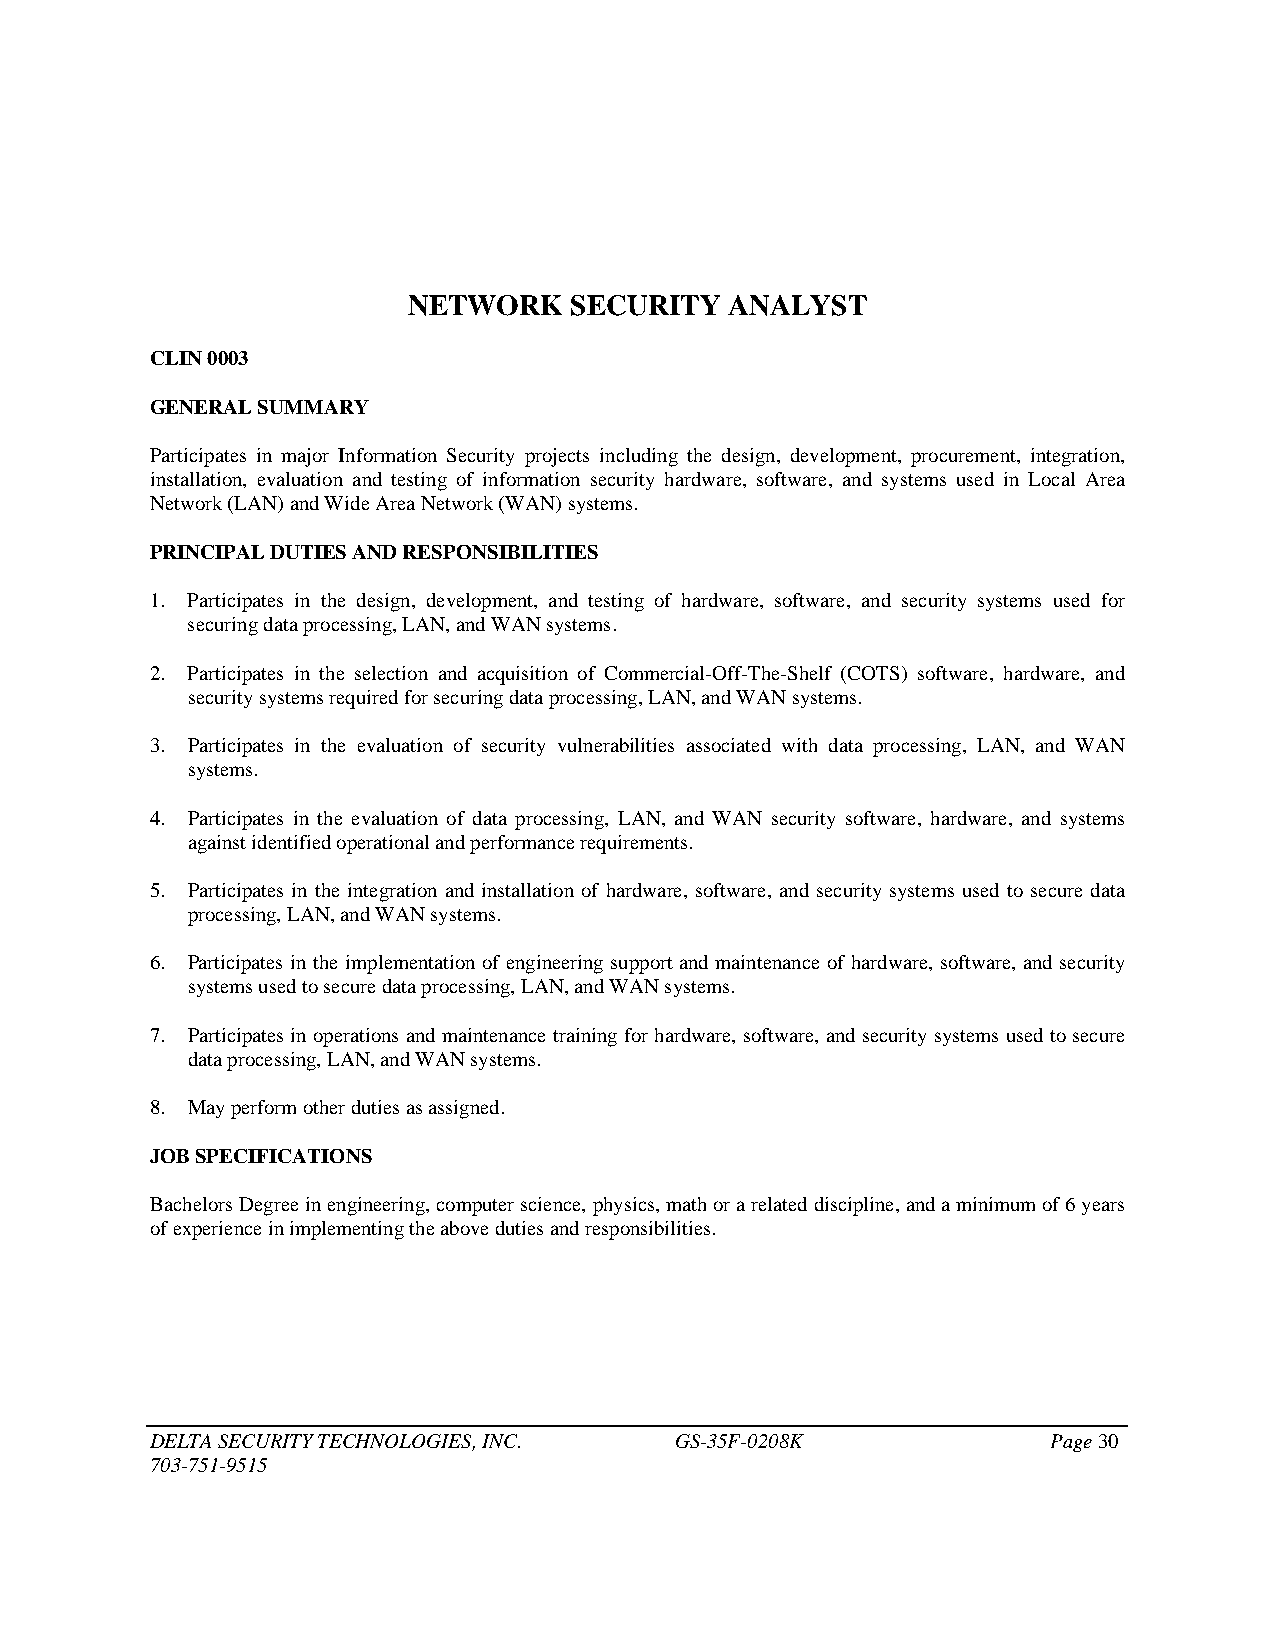
NETWORK    SECURITY  ANALYST
 CLIN 0003
 GENERAL SUMMARY
 Participates in major Information Security projects including the design, development, procurement, integration,
 installation, evaluation and testing of information security hardware, software, and systems used in Local Area
 Network (LAN) and Wide Area Network (WAN) systems.
 PRINCIPAL DUTIES AND RESPONSIBILITIES
 1. Participates in the design, development, and testing of hardware, software, and security systems used for
 securing data processing, LAN, and WAN systems.
 2. Participates in the selection and acquisition of Commercial-Off-The-Shelf (COTS) software, hardware, and
 security systems required for securing data processing, LAN, and WAN systems.
 3. Participates in the evaluation of security vulnerabilities associated with data processing, LAN, and WAN
 systems.
 4. Participates in the evaluation of data processing, LAN, and WAN security software, hardware, and systems
 against identified operational and performance requirements.
 5. Participates in the integration and installation of hardware, software, and security systems used to secure data
 processing, LAN, and WAN systems.
 6. Participates in the implementation of engineering support and maintenance of hardware, software, and security
 systems used to secure data processing, LAN, and WAN systems.
 7. Participates in operations and maintenance training for hardware, software, and security systems used to secure
 data processing, LAN, and WAN systems.
 8. May perform other duties as assigned.
 JOB SPECIFICATIONS
 Bachelors Degree in engineering, computer science, physics, math or a related discipline, and a minimum of 6 years
 of experience in implementing the above duties and responsibilities.
 DELTA SECURITY TECHNOLOGIES, INC.  GS-35F-0208K             Page 30
 703-751-9515